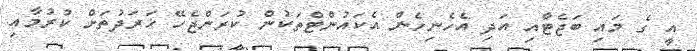
އީ ގެ މައި ބަޖެޓާއި އަދި އެހެނިހެން އެކައުންޓްތަކުން ކުރަންޖެހޭ ޚަރަދުތަށް ކުރުމާއި